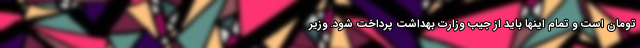
تومان است و تمام اینها باید از جیب وزارت بهداشت پرداخت شود. وزیر